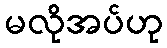
မလိုအပ်ဟု